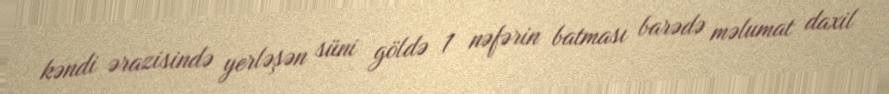
kəndi ərazisində yerləşən süni göldə 1 nəfərin batması barədə məlumat daxil